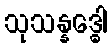
သုသန္နဒ္ဓေါ